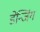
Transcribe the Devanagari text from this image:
डेन्जिंग